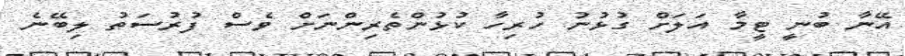
އޭނާ ބުނީ ޓީމާ އަލަށް ގުޅުނު ހުރިހާ ކުޅުންތެރިންނަށް ވެސް ފުރުސަތު ލިބޭނެ